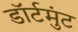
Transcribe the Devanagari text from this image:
डॉर्टमुंट